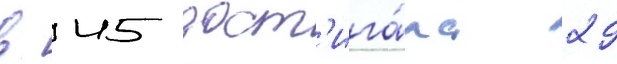
в 45 дост'ига́ла 29